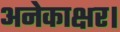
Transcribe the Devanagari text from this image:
अनेकाक्षर।